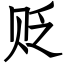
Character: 贬